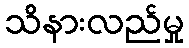
သိနားလည်မှု